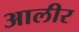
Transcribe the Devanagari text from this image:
आलीर